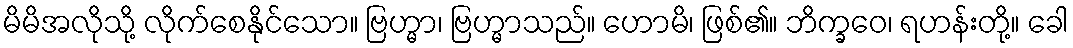
မိမိအလိုသို့ လိုက်စေနိုင်သော။ ဗြဟ္မာ၊ ဗြဟ္မာသည်။ ဟောမိ၊ ဖြစ်၏။ ဘိက္ခဝေ၊ ရဟန်းတို့။ ခေါ